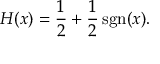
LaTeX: H ( x ) = { \frac { 1 } { 2 } } + { \frac { 1 } { 2 } } \operatorname { s g n } ( x ) .